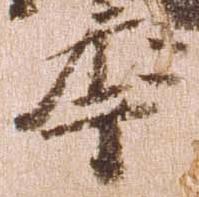
年